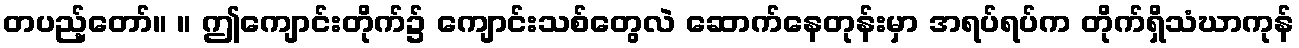
တပည့်တော်။ ။ ဤကျောင်းတိုက်၌ ကျောင်းသစ်တွေလဲ ဆောက်နေတုန်းမှာ အရပ်ရပ်က တိုက်ရှိသံဃာကုန်